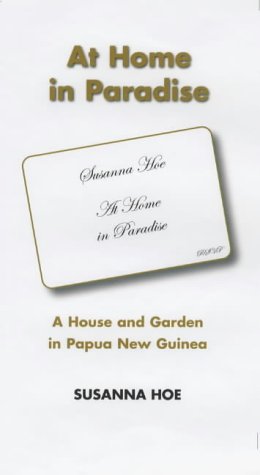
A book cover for At Home in Paradise: A House and Garden in Papua New Guinea; Susanna Hoe; Travel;